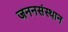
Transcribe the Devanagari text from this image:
जननसंस्थान